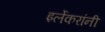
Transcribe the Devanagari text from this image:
इर्लेकरांनी